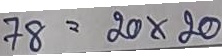
78 = 20 x 20